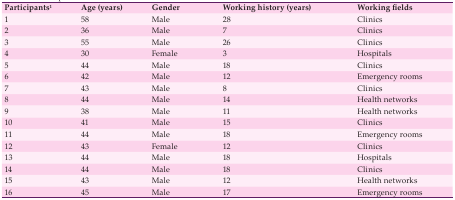
<table><thead><tr><td><b>Participants(1)</b></td><td><b>Age (years)</b></td><td><b>Gender</b></td><td><b>Working history (years)</b></td><td><b>Working fields</b></td></tr></thead><tbody><tr><td><b>1 </b></td><td> 58 </td><td> Male </td><td> 28 </td><td> Clinics </td></tr><tr><td><b>2</b></td><td> 36 </td><td> Male </td><td> 7 </td><td> Clinics </td></tr><tr><td><b>3</b></td><td> 55 </td><td> Male </td><td> 26 </td><td> Clinics </td></tr><tr><td><b>4</b></td><td> 30 </td><td> Female </td><td> 3 </td><td> Hospitals </td></tr><tr><td><b>5</b></td><td> 44 </td><td> Male </td><td> 18 </td><td> Clinics </td></tr><tr><td><b>6</b></td><td> 42 </td><td> Male </td><td> 12 </td><td> Emergency rooms </td></tr><tr><td><b>7</b></td><td> 43 </td><td> Male </td><td> 8 </td><td> Clinics </td></tr><tr><td><b>8</b></td><td> 44 </td><td> Male </td><td> 14 </td><td> Health networks </td></tr><tr><td><b>9</b></td><td> 38 </td><td> Male </td><td> 11 </td><td> Health networks </td></tr><tr><td><b>10</b></td><td> 41 </td><td> Male </td><td> 15 </td><td> Clinics </td></tr><tr><td><b>11</b></td><td> 44 </td><td> Male </td><td> 18 </td><td> Emergency rooms </td></tr><tr><td><b>12</b></td><td> 43 </td><td> Female </td><td> 12 </td><td> Clinics </td></tr><tr><td><b>13</b></td><td> 44 </td><td> Male </td><td> 18 </td><td> Hospitals </td></tr><tr><td><b>14</b><b>15</b><b>16</b></td><td>44 43 45</td><td>Male Male Male</td><td>18 12 17</td><td>Clinics Health networks Emergency rooms</td></tr></tbody></table>